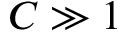
C \gg 1